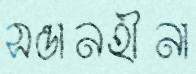
সন্তানহীনা